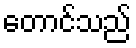
တောင်သည်